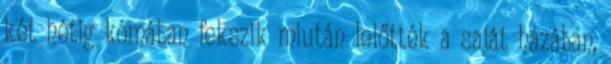
két hétig kómában fekszik miután lelőtték a saját házában,